Report of the Indian Hemp Drugs Commission, 1894-1895 - Volume V
Year: 1894
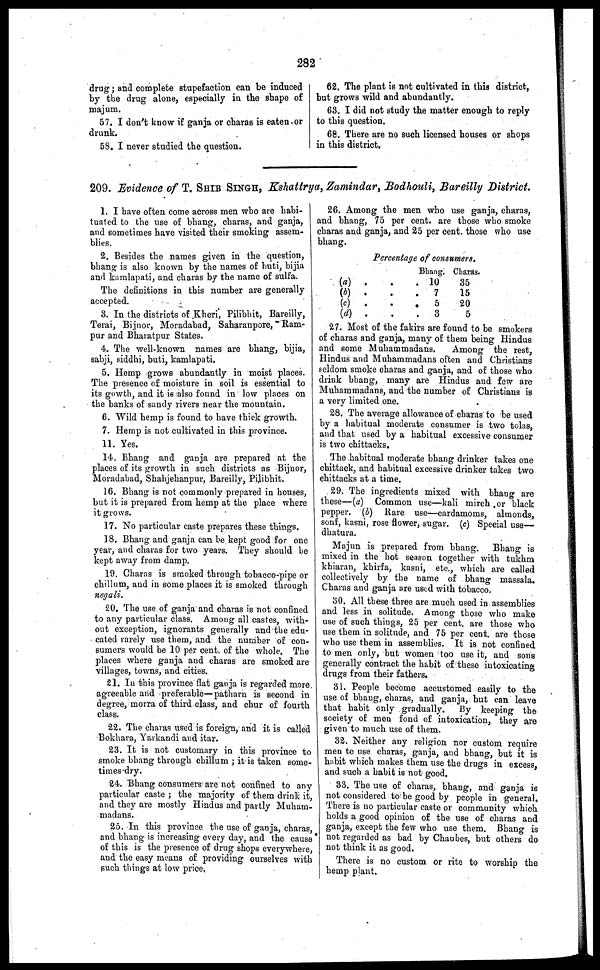
2 82
drug ; and complete stupefaction can be induced
by the drug alone, especially in the shape of
majum.
57. I don't know if ganja or charas is eaten or
drunk.
58. I never studied the question.
62, The plant is not cultivated in this district,
bat grows wild and abundantly.
63. 1 did not study the matter enough to reply
to this question.
68. There are no such licensed houses or shops
in this district.
209. Evidence of T. SHIB SINGH, Kshattrya, Zamindar, Bodhouli, Bareilly District.
1. I have often come across men who are habi-
tuated to the use of bhang, charas, and ganja,
and sometimes have visited their smoking assem-
blies.
2. Besides the names given in the question,
bhang is also known by the names of buti, bijia
and kuralapati, and charas by the name of sulfa.
The definitions in this number are generally
accepted.
3. In the districts of Kherf, Pilibhit, Bareilly,
Terai, Bijnor, Moradabad, Saharanpore, Ram-
pur and Bharatpur States.
4. The well-known names are bhangs bijia,
sabji, siddhi, buti, kamlapati.
5. Hemp grows abundantly in moist places.
The presence of moisture in soil is essential to
its gowth, and it is also found in low places on
the banks of sandy rivers near the mountain.
6. Wild hemp is found to have thick growth,
7. Hemp is not cultivated in this province.
11. Yes.
14. Bhang and ganja are prepared at the
places of its growth in such districts as Bijnor,
Moradabad, Shahjehanpur, Bareilly, Pilibhit.
16, Bhang is not commonly prepared in bouses,
but it is prepared from hemp at the place where
it grows.
17. No particular caste prepares these things.
18. Bhaog and ganja can be kept good for one
year, and charas for two years, They should be
kept away from clamp,
19, Charas is smoked through tobacco-pipe or
chillum, and in some places it is smoked through
negali.
20. The use of ganja and charas is not confined
to any particular class. Among all castes, with-
out exception, ignorants generally and the edu-
cated rarely use them, and the number of con-
sumers would be 10 per cent. of the whole. The
places where ganja and charas are smoked are
villages, towns, and cities.
21. In this province flat ganja is regarded more
agreeable and preferable—patharn is second in
degree, morra of third-class, and chur of fourth
class.
22. The charas used is foreign, and it is called
Bokhara, Yarkandi and itar.
23, It is not customary in this province to
smoke bhang through chillum ; it is taken some-
times-dry.
24. Bhang consumers are not confined to any
particular caste ; the majority of them drink it,
and they are mostly Hindus and partly Muham-
madans.
25. In this province the use of ganja, charas,
and bhang is increasing every day, and the cause
of this is the presence of drug shops everywhere,
and the easy means of providing ourselves with
such things at low price,
28, Among the men who use ganja, charas,
and bhang, 75 per cent. are those who smoke
charas and ganja, and 25 per cent. those who use
bhang.
Percentage of consumers.
(a) .
(b) .
(c) .
(d) .
Bhang.
.
. 10
. 7
.
.
5
.
3
Charas,
35
15
20
5
27. Most of the fakirs are found to be smokers
of charas and ganja, many of them being Hindus
and some Muhammadans.
Among the rest,
Hindus and Muhammadans often and Christians
seldom smoke charas and ganja, and of those who
drink bhang, many are Hindus and few are
Muhammadans, and the number of Christians is
a very limited one,
28. The average allowance of charas to be used
by a habitual moderate consumer is two tolas,
and that used by a habitual excessive consumer
is two chittacks.
The habitual moderate bhang drinker takes one
chittack, and habitual excessive drinker takes two
chittacks at a time.
29. The ingredients mixed with bhang are
these—(a) Common use—kali mirch or black
pepper. (b) Rare use—cardamoms, almonds,
sonf, kasni, rose flower, sugar. (c) Special use—
dhatura.
Majun is prepared from bhang. Bhang is
mixed in the hot season together with tukhm
khiaran, khirfa, kasni, etc., which are called
collectively by the name of bhang massala.
Charas and ganja are used with tobacco,
80, All these three are much used in assemblies
and less in solitude, Among those who make
use of such things, 25 per cent. are those who
use them in solitude, and 75 per cent. are those
who use them in assemblies. It is not confined
to men only, hut women too use it, and sons
generally contract the habit of these intoxicating
drugs from their fathers,
31. People become accustomed easily to the
use of bhang, charas, and ganja, but can leave
that habit only gradually.
By keeping the
society of men fond of intoxication, they are
given to much use of them.
32. Neither any religion nor custom require
men to use charas, ganja, and bhang, but it is
habit which makes them use the drugs in excess,
and such a habit is not good.
33. The use of charas, bhang, and ganja is
not considered to be good by people in general.
There is no particular caste or community which
holds a good opinion of the use of charas and
ganja, except the few who use them. Bhang is
not regarded as bad by Chaubes, but others do
not think it as good.
There is no custom or rite to worship the
hemp plant,